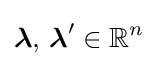
{\boldsymbol {\lambda }},\,{\boldsymbol {\lambda }}'\in \mathbb {R} ^{n}